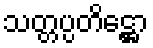
သတ္တပ္ပတိဋ္ဌော